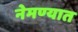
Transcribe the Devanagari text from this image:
नेमण्‍यात